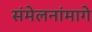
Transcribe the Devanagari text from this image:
संमेलनांमागे